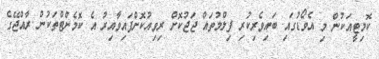
ކޮމިޓީއަކުން މި އެވޯޑުގައި ބައިވެރިކުރި ފިލްމުތައް ޖަޖުކޮށް ރިވިއުކޮށްފައިވާއިރު އެ ކޮމެންޓްތަކުން ރާއްޖޭގެ